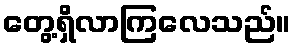
တွေ့ရှိလာကြလေသည်။